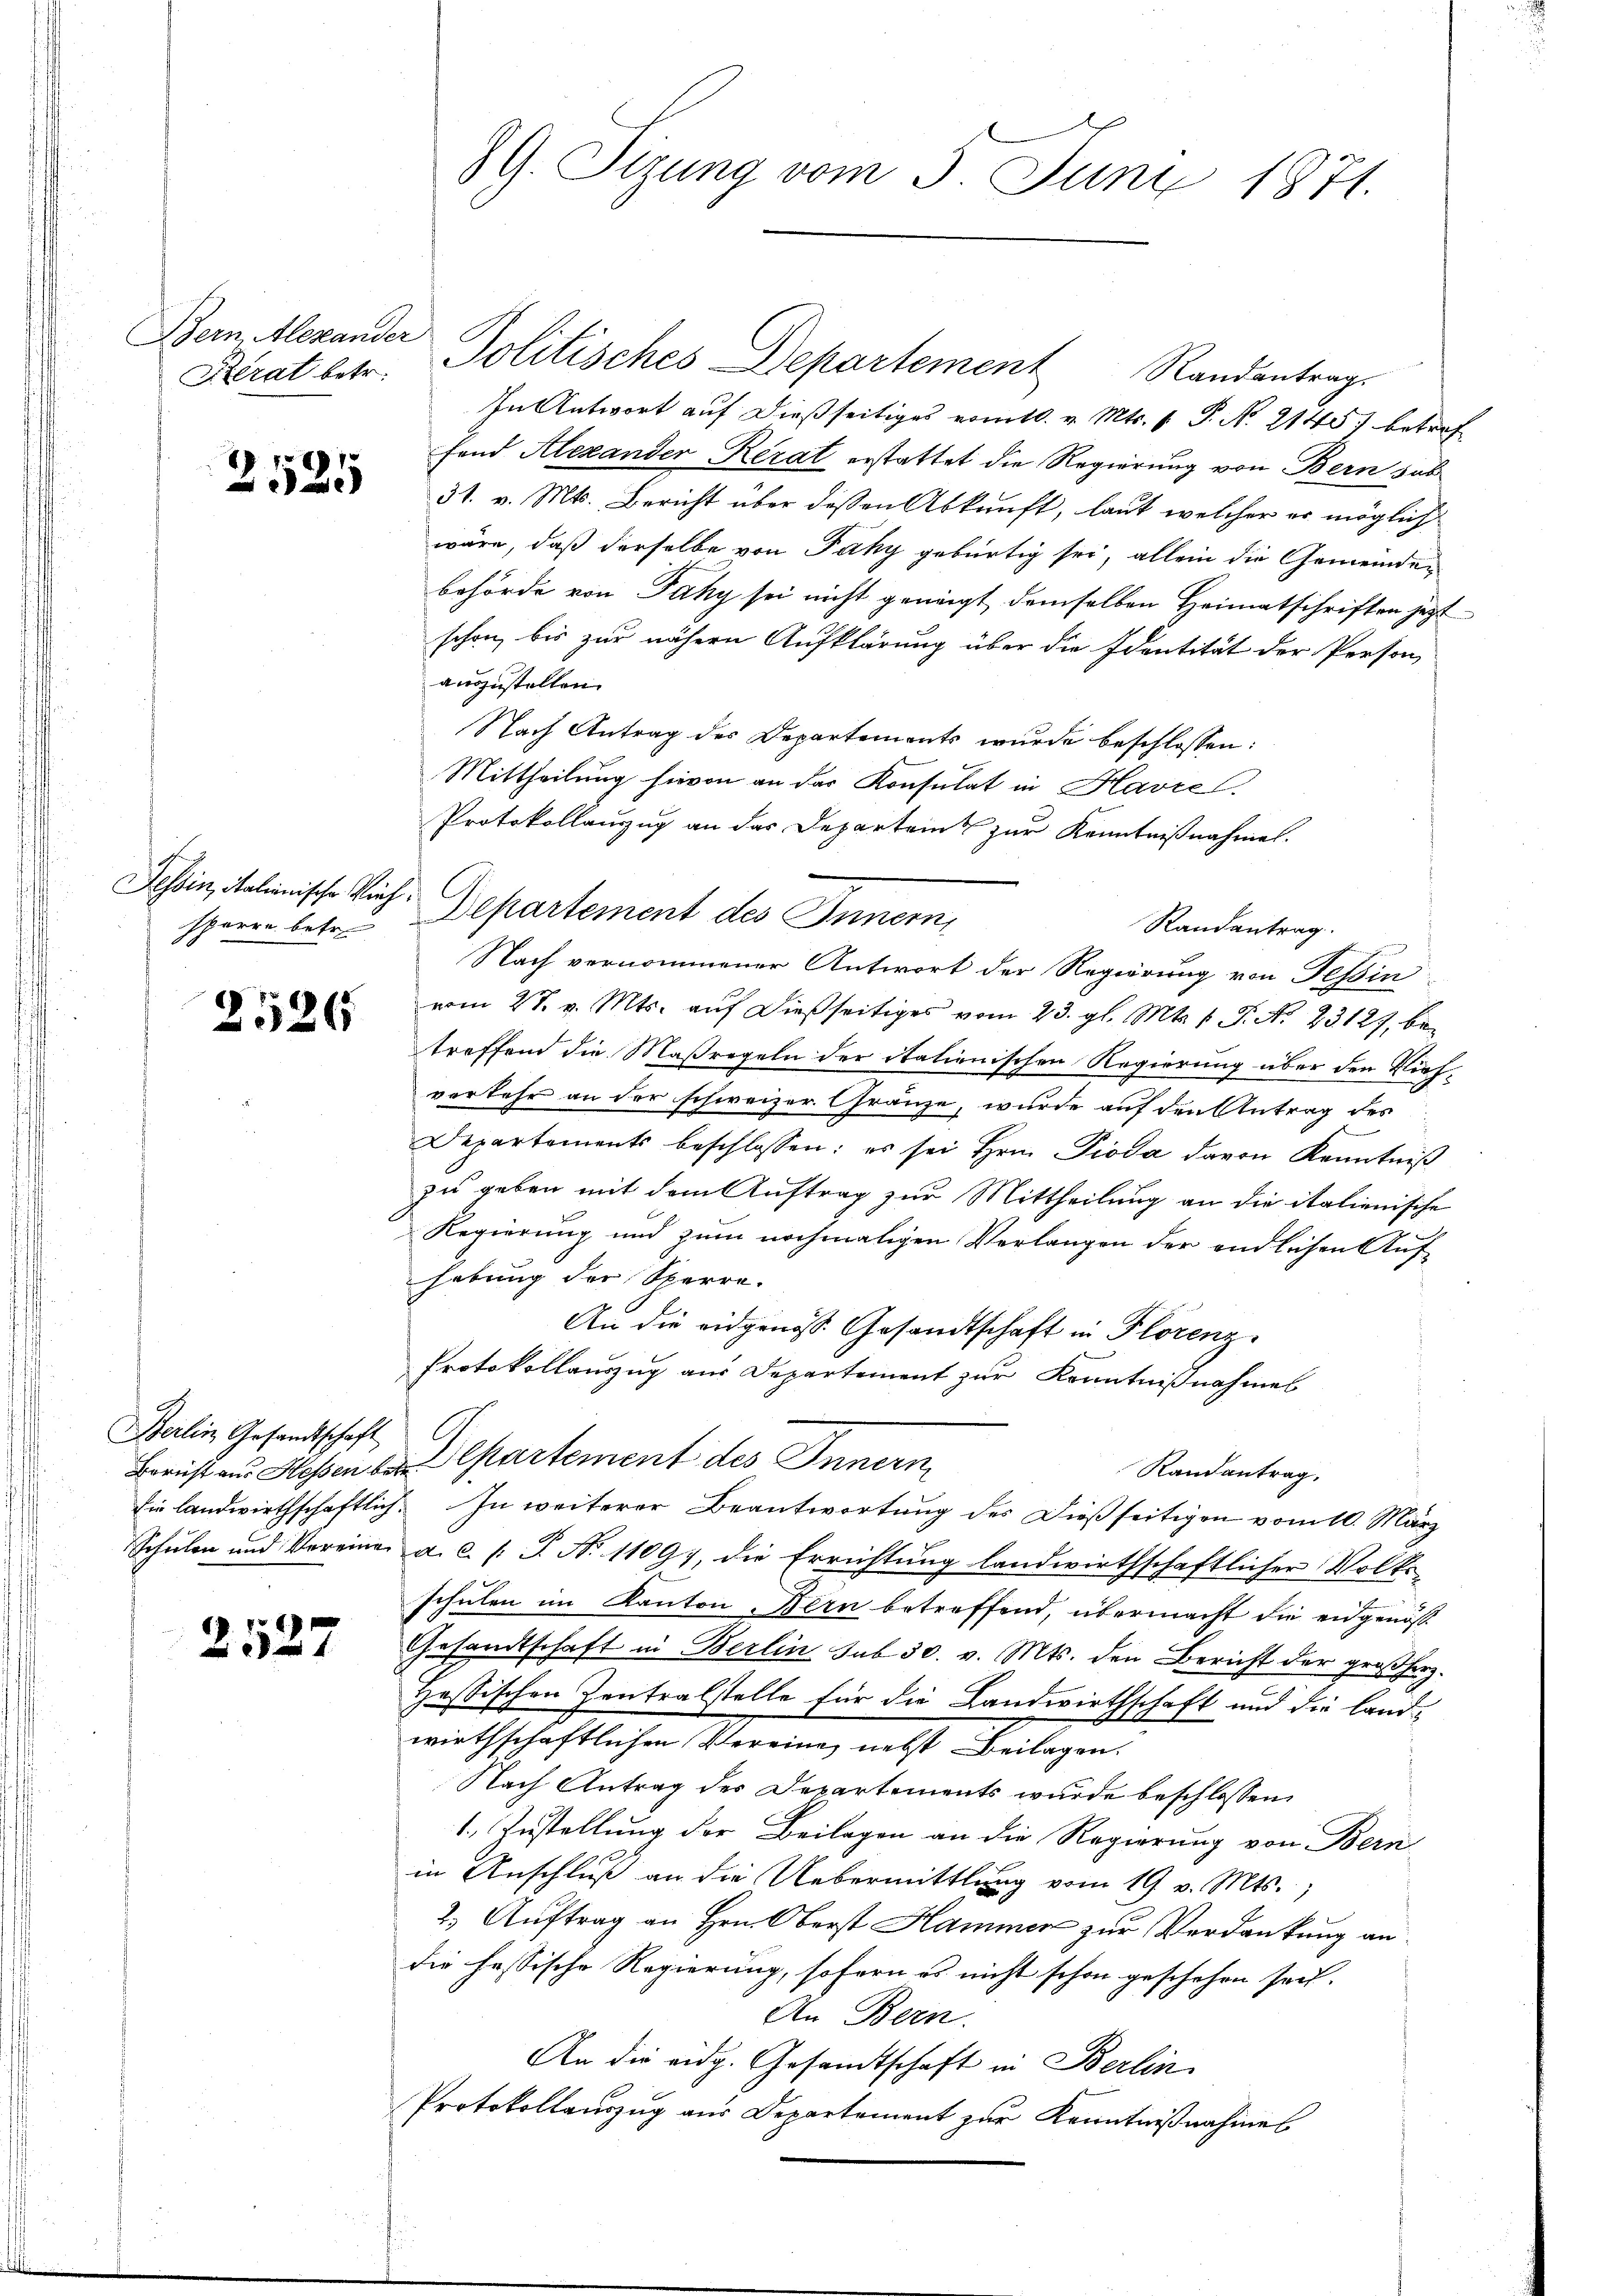
Bern Alexander

2525

Tessin, Italienische Vielsperre betr.

2526

Berlin Gesandtschaft

1
21

89 Sizung vom 5. Juni 1871.

Kerat betr. Politisches Departement Randantrag.
In Antwort auf dießseitiges vom 10. v. Mts. v. P. Nr. 2145) betref
Hand AlexanderRerat erstattet die Regierung von Bern sub
31. v. Mts. Bericht über dessen Abkunft, laut welcher er möglich
wäre, daß derselbe von Páky gebürtig sei, allein die Gemeinden
behörde von Faky sei nicht geneigt, demselben Heimatschriften jetzt
schon, bis zur nähern Aufklärung über die Identität der Person
auszustellen.
Nach Antrag des Departements wurde beschlossen:
Mittheilung hievon an der Konsulat in Havre
Protokollauszug an das Departens zur Kenntnißnahmen.
Departement des Innern,
Randantrag.
Nach vernommener Antwort der Regierung von Tessin
vom 28. v. Mts. auf dießseitiges vom 23. gl. Mts. v. P. N. 23127, betreffend die Maßregeln der italienischen Regierung über den Viehverkehr an der schweizer Gränze, wurde auf den Antrag des
Departements beschlossen: es sei Hrn. Pioda davon Kenntniß
zu geben mit dem Auftrag zur Mittheilung an die italienische
Regierung und zum nochmaligen Verlangen der endlichen Aufhebung der Sperre.
An die eidgenöss. Gesandtschaft in Florenz
Protokollauszug aus Departement zur Kenntnißnahmes
G
Borist aus Hessen der Cartement des Innern
Randantrag.
Ein landwirthschaftlich. In weiterer Beantwortung des Dießseitigen vom 10. März
Schulen und Vereiner a.c. s. S. Nr. 11091, die Errichtung landwirthschaftlicher Volke
schulen im Kanton, Bern betreffend, übermacht die eidgenös¬
Gesandtschaft in Berlin sub 30. v. Mts. den Bericht der großherz¬
Hassischen Zentralstelle für die Landwirthschaft und die Landwirthschaftlichen Vereine nebst Beilagen.
Nach Antrag des Departements wurde beschlossen:
1. Zustellung der Beilagen an die Regierung von Bern
in Anschluß an die Uebermittlung vom 19. v. Mts.,
2. Auftrag an Hrn. Oberst Hammer zur Verdankung an
die fessische Regierung, sofern es nicht schon geschehen sei.
An Bern.
An die eidg. Gesandtschaft in Berlin
Protokollauszug aus Departement zur Kenntnißnahmes